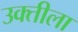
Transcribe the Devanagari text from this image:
उक्तीला